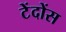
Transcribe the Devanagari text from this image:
टेंदोंस